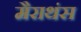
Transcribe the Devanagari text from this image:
मैराथंस